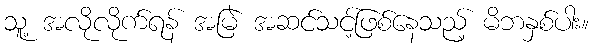
သူ့ အလိုလိုက်ရန် အမြဲ အဆင်သင့်ဖြစ်နေသည့် မိဘနှစ်ပါး။